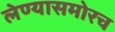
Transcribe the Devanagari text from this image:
लेण्यासमोरच